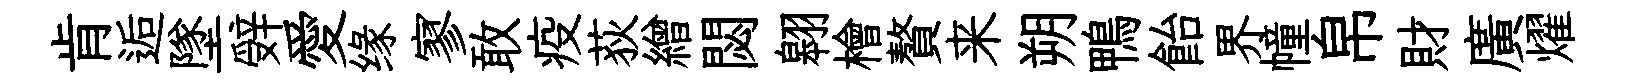
肯逅墜辤愛缘寥敢疫荻繒閟翱檜贅来朔鴨飴界幢帛財廣燿